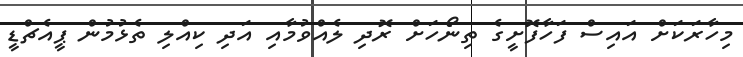
މިހާރަކަށް އައިސް ފަހާފޮށީގެ ތިނޯހަށް ރޮދި ލެއްވުމާއި އަދި ކިއްލި ތެޅުމުން ޕީއެޗްޑީ